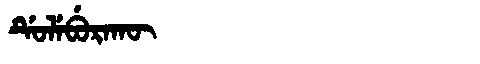
Manchu: ᡩᡠᠯᡝᠪᡠᡵᠠᡴᡡ
Romanization: DULEBURAKŪ